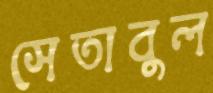
সেতাবুল